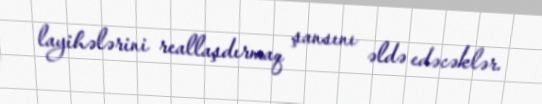
layihələrini reallaşdırmaq şansını əldə edəcəklər.